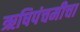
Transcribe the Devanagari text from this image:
ऋषिपंचमीचा